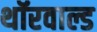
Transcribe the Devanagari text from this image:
थॉरवाल्ड